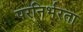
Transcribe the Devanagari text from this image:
परनिर्भरता